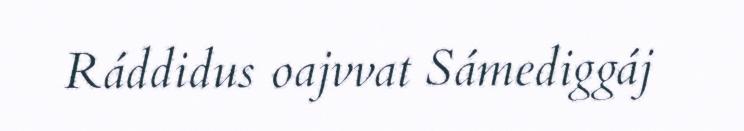
Ráddidus oajvvat Sámediggáj